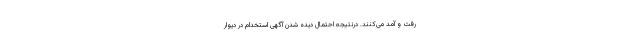
رفت و آمد می‌کنند. درنتیجه احتمال دیده شدن آگهی استخدام در دیوار